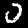
Digit: 0